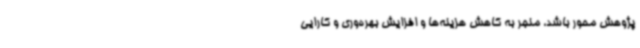
پژوهش محور باشد، منجر به کاهش هزینه‌ها و افزایش بهره‌وری و کارایی